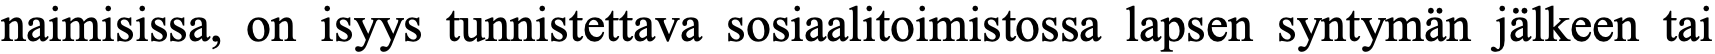
naimisissa, on isyys tunnistettava sosiaalitoimistossa lapsen syntymän jälkeen tai